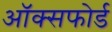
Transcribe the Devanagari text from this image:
अॉक्सफोर्ड